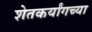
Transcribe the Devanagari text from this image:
शेतकर्यांगच्या